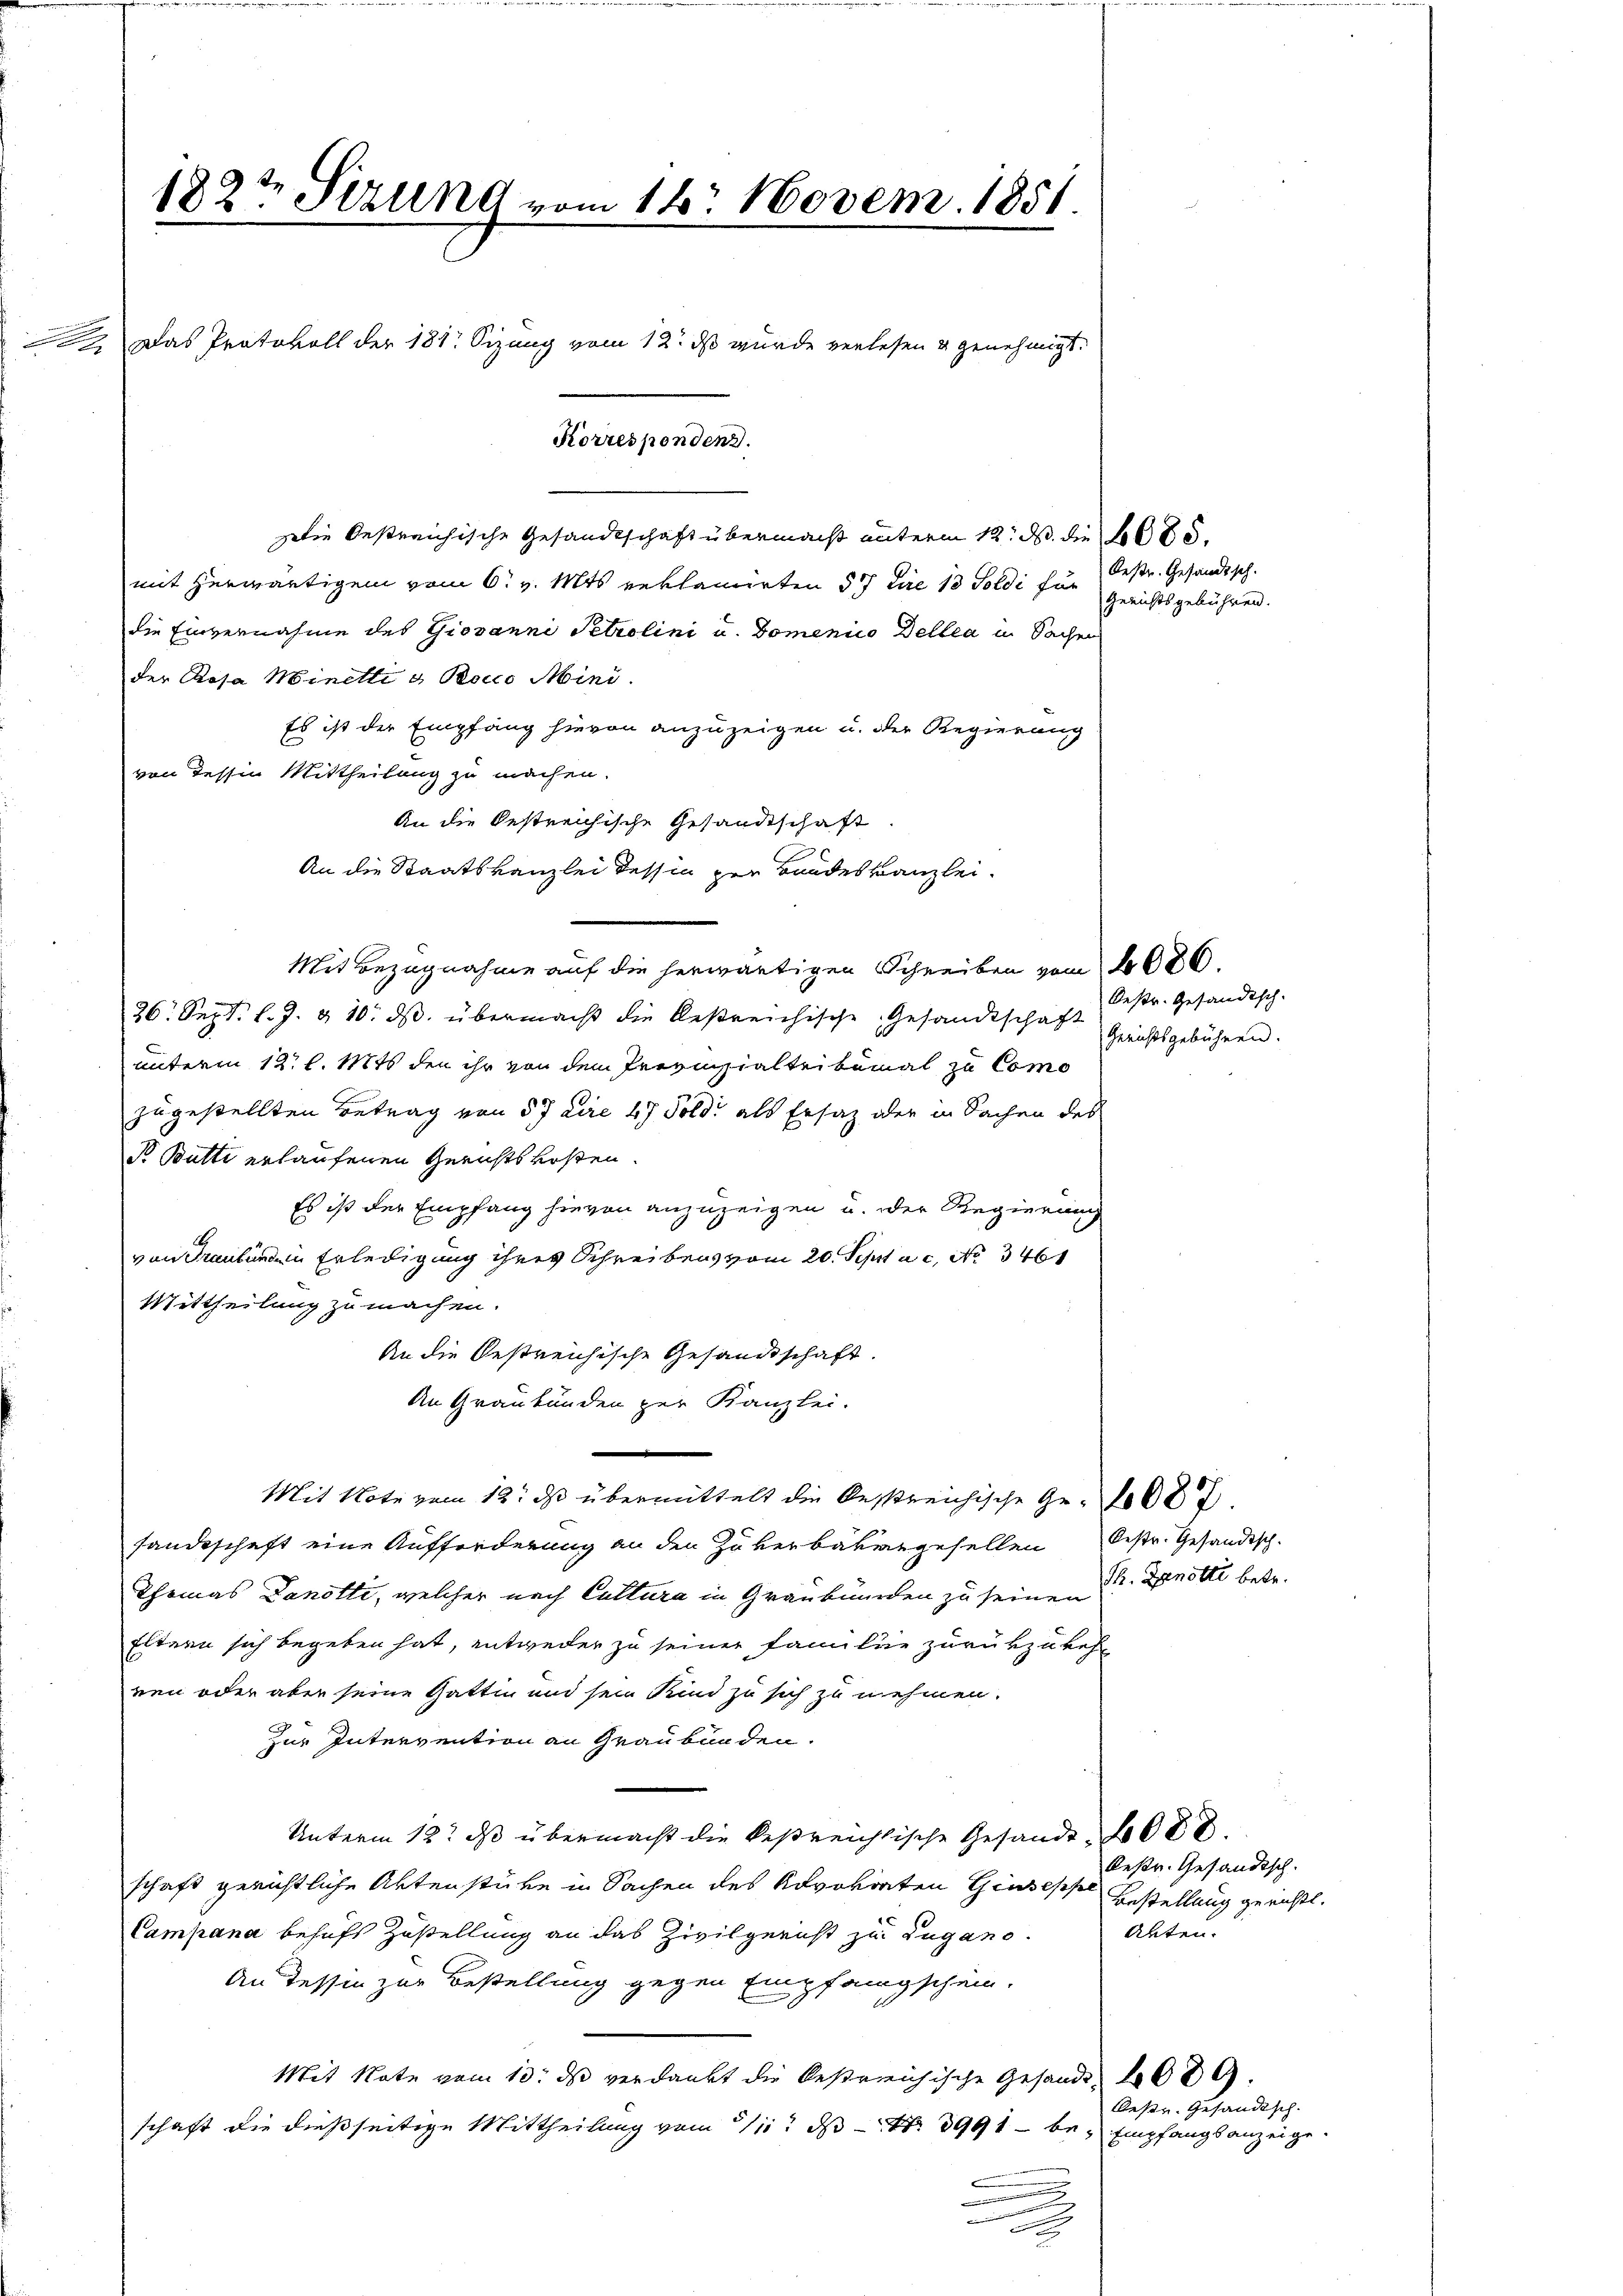
182t Sizung vom 14. Novem. 1851
 Das Protokoll der 181 Sizung vom 12. ds wurde verlesen u genehmigt.
Korrespondenz.

Die Oestreichische Gesandtschaft übermacht unterm 12. d. die 1000.
mit herwärtigem vom 6. v. Mts reklamirten § 7 Lire 13 Toldi für
die Einvernahme des Giovanni Petrolini u. Domenico Dellen in Sachen
der Rosa Minetti a Bocco Mini
Es ist der Empfang hievon anzuzeigen u. der Regierung
von dessen Mittheilung zu machen.
An die bestreichische Gesandtschaft
An die Staatskanzlei dessin zur Bandeskanzlei.
Mit Bezugnahme auf die herwärtigen Schreiben vom 2000.
26. Sept. l. J. & 10. ds. übermacht die bestreichische Gesandtschaft
unterm 12. l. Mts. den ihr von dem Provinzialteitemal zu Como
zugestellten Betrag von 57 dire 47 Foldi als Ersatz oder in Sachen des
P Butti erlaufenen Gerichtskosten.
Es ist der Empfang hievon anzuzeigen u. der Regierung
von Graubünden Erledigung ihres Schreibens vom 20. Sept ac. No 346
Mittheilung zu machen.
An die Oestreichische Gesandtschaft.
An Graubünden zur Kanzlei.
e
Mit Note vom 12. ds übermittelt die Oestreichische Ge-
sandtschaft eine Aufforderung an den Zukerbäkergesellen bestr. Gesandisch-
Thomas Danotti, welcher nach Cultura in Graubmorden zu seinen Dr. Denotti betr.
Eltern sich begeben hat, entweder zu seiner Familie zurükzukehr
ren oder aber seine Gattin und sein Kind zu sich zu nehmen.
zur Intervention an Graubünden.
Unterm 12. ds übermacht die kestreichische Gesande, 2000.
schaft gerichtliche Aktenstüke in Sachen des Advokraten Giuseppe
Campana behufs Zustellung an das Zivilgericht zu Lugano.
An dessen zur Bestellung gegen Empfangschein.
Mit Note vom 13. ds verdankt die bestreichische Gesandt, 4089.
schaft die dießseitige Mittheilung vom 11. ds N. 3991 – be¬

e

Bestr. Gesandtsch.
Gerichtsgebühren.

Oestr. Gesandtsch-
Gerichtsgebühren.

bestr. Gesandtsch.
Bestellung gericht.
Alten.

Desr. Gesandtsch.
Empfangsanzeige.